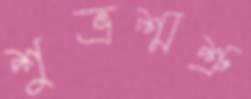
শুভ্রশ্মশ্রু